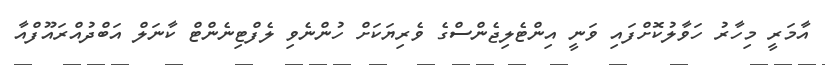
އާމަރީ މިހާރު ހަވާލުކޮށްފައި ވަނީ އިންޓެލިޖެންސްގެ ވެރިޔަކަށް ހުންނެވި ލެފްޓިނެންޓް ކާނަލް އަބްދުއްރައޫފްއާ